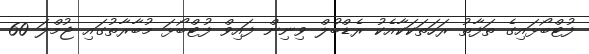
ފުޓްބޯޅައިގެ ތަފާތު ރަހަތަކަކާއެކު ރެޑްބުލް ވިނިން ފައިވް ފުޓްބޯޅަ މުބާރާތުގައި ޖުމްލަ 60